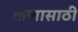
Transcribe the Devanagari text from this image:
कणासाठी